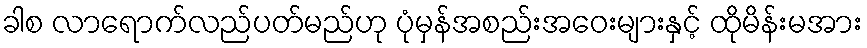
ခါစ လာရောက်လည်ပတ်မည်ဟု ပုံမှန်အစည်းအဝေးများနှင့် ထိုမိန်းမအား